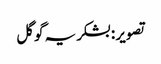
تصویر : بشکریہ گوگل